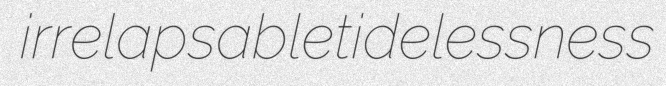
irrelapsable tidelessness